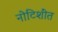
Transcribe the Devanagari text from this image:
नोटिशींत